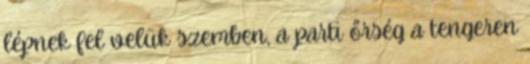
lépnek fel velük szemben, a parti őrség a tengeren